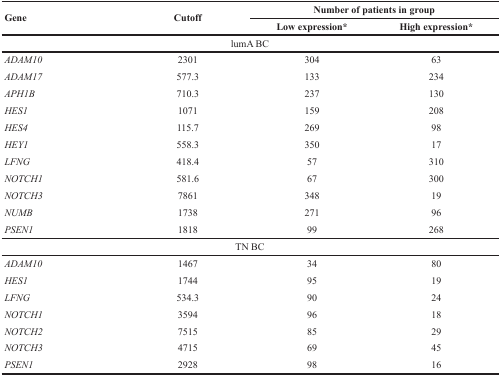
| <ROWSPAN=2> Gene | <ROWSPAN=2> Cutoff |  | <COLSPAN=2> Number of patients in group |
 |  | Low expression* | High expression* |
 | --- | --- | --- | --- | --- |
 |  |  | lumA BC |  |  |
 | ADAM10 | 2301 |  | 304 | 63 |
 | ADAM17 | 577.3 |  | 133 | 234 |
 | APH1B | 710.3 |  | 237 | 130 |
 | HES1 | 1071 |  | 159 | 208 |
 | HES4 | 115.7 |  | 269 | 98 |
 | HEY1 | 558.3 |  | 350 | 17 |
 | LFNG | 418.4 |  | 57 | 310 |
 | NOTCH1 | 581.6 |  | 67 | 300 |
 | NOTCH3 | 7861 |  | 348 | 19 |
 | NUMB | 1738 |  | 271 | 96 |
 | PSEN1 | 1818 |  | 99 | 268 |
 |  |  | TN BC |  |  |
 | ADAM10 | 1467 |  | 34 | 80 |
 | HES1 | 1744 |  | 95 | 19 |
 | LFNG | 534.3 |  | 90 | 24 |
 | NOTCH1 | 3594 |  | 96 | 18 |
 | NOTCH2 | 7515 |  | 85 | 29 |
 | NOTCH3 | 4715 |  | 69 | 45 |
 | PSEN1 | 2928 |  | 98 | 16 |